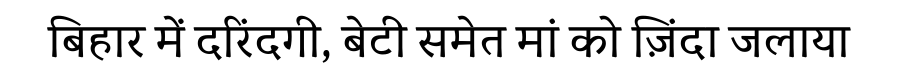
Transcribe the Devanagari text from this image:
बिहार में दरिंदगी, बेटी समेत मां को ज़िंदा जलाया